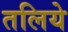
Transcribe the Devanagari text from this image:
तलिये